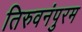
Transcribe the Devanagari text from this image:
तिरुवनंपुरम